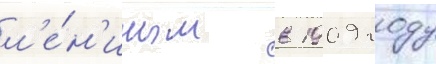
л'е́н'иным в 1909 году